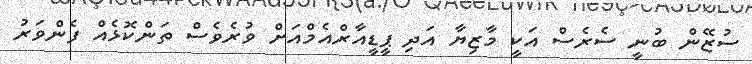
ސުޒޭން ބުނީ ސެރެސް އަކީ މާޒިޔާ އަދި ޕީޑީއާރްއެމްއަށް ވުރެވެސް ތަންކޮޅެއް ފެންވަރު